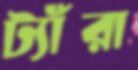
ট্যাঁরা